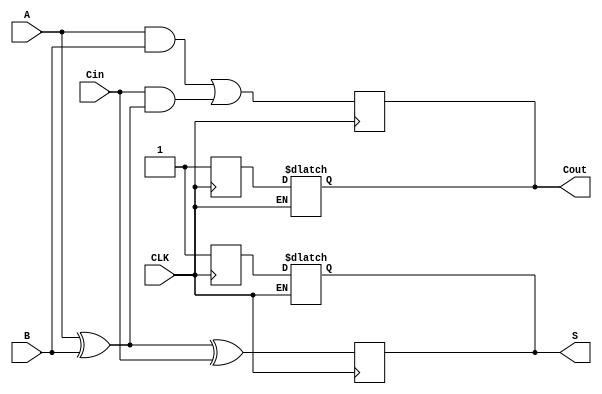
module dynamic_full_adder (
    input wire A,      // First input bit
    input wire B,      // Second input bit
    input wire Cin,    // Carry-in bit
    input wire CLK,    // Clock signal
    output reg S,      // Sum output
    output reg Cout    // Carry-out output
);

    // Internal signals for precharge and evaluate phases
    reg S_precharge;
    reg Cout_precharge;

    always @(posedge CLK) begin
        // Evaluate phase
        // Calculate sum and carry-out based on inputs
        S = A ^ B ^ Cin; // S = A XOR B XOR Cin
        Cout = (A & B) | (Cin & (A ^ B)); // Cout = (A AND B) OR (Cin AND (A XOR B))
    end

    always @(negedge CLK) begin
        // Precharge phase
        // Precharge outputs to high logic level
        S_precharge = 1'b1; // Precharge S to high
        Cout_precharge = 1'b1; // Precharge Cout to high
    end

    // Assign precharged values to outputs during precharge phase
    always @(*) begin
        if (CLK == 0) begin
            S = S_precharge;
            Cout = Cout_precharge;
        end
    end

endmodule